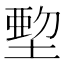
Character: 𡏍